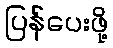
ပြန်ပေးဖို့